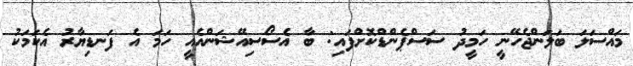
މައްސަލަ ބަލަންޖެހޭނީ ހަމީދު ސަސްޕެންޑްކޮށްފައި: ބާ އެސޯސިއޭޝަންއެއީ ހަމަ އެ ފަނޑިޔާރު އެކަމަކު